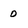
Character: o